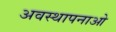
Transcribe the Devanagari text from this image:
अवस्थापनाओ